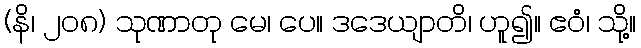
(နိ၊ ၂၀၈) သုဏာတု မေ၊ ပေ။ ဒဒေယျာတိ၊ ဟူ၍။ ဧဝံ၊ သို့။